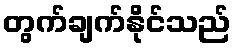
တွက်ချက်နိုင်သည်